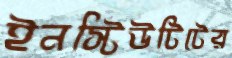
ইনস্টিউটিটের